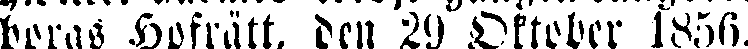
borgs Hofrätt, den 29 Oktober 1856.